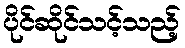
ပိုင်ဆိုင်သင့်သည့်